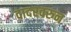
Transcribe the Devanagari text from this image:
दादरवरुन